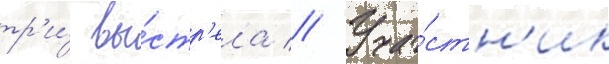
тр'и́ вы́стр'ела // Уча́стн'ик